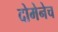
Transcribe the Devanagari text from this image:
दोमेनेच